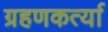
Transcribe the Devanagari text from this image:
ग्रहणकर्त्या